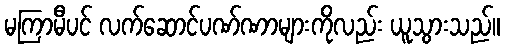
မကြာမီပင် လက်ဆောင်ပဏ်ဏာများကိုလည်း ယူသွားသည်။